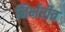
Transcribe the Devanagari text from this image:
निर्भरीत